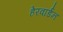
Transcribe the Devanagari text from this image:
हेरवार्डन